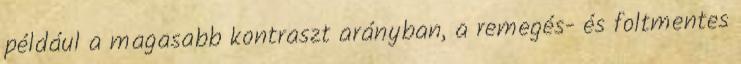
például a magasabb kontraszt arányban, a remegés- és foltmentes